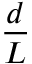
\frac { d } { L }